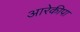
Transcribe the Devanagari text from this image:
आरेकीपा